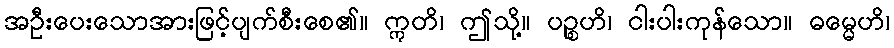
အဦးပေးသောအားဖြင့်ပျက်စီးစေ၏။ ဣတိ၊ ဤသို့။ ပဉ္စဟိ၊ ငါးပါးကုန်သော။ ဓမ္မေဟိ၊